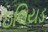
ઇલિયડ